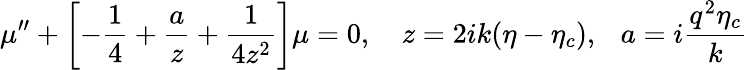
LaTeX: \mu^{\prime\prime}+\left[-\frac{1}{4}+\frac{a}{z}+\frac{1}{4z^{2}}\right]\mu=0,~~~~z=2ik(\eta-\eta_{c}),~~~a=i\frac{q^{2}\eta_{c}}{k}